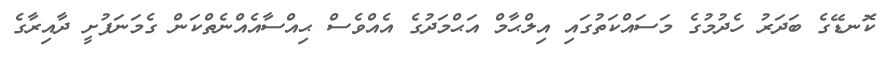
ކޮނޑޭގެ ބަދަރު ހެދުމުގެ މަސައްކަތުގައި އިލްޙާމް އަޙްމަދުގެ އެއްވެސް ޙިއްސާއެއްނެތްކަން ގެމަނަފުށީ ދާއިރާގެ